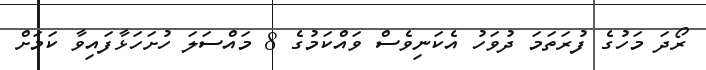
ރޯދަ މަހުގެ ފުރަތަމަ ދުވަހު އެކަނިވެސް ވައްކަމުގެ 8 މައްސަލަ ހުށަހަޅާފައިވާ ކަމަށް